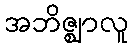
အဘိဇ္ဈာလူ